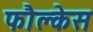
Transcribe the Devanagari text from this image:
फौल्केस